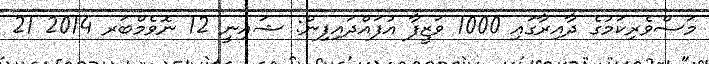
މަސްވެރިކަމުގެ ދާއިރާގައި 1000 ވަޒީފާ އުފައްދައިފިން: ޝައިނީ 12 ނޮވެމްބަރ 2014 21